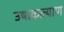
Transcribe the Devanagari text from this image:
उषाकल्याण